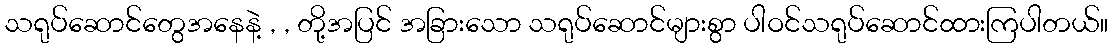
သရုပ်ဆောင်တွေအနေနဲ့ , , တို့အပြင် အခြားသော သရုပ်ဆောင်များစွာ ပါဝင်သရုပ်ဆောင်ထားကြပါတယ်။